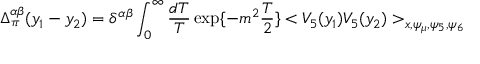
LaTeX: \Delta _ { \pi } ^ { \alpha \beta } ( y _ { 1 } - y _ { 2 } ) = \delta ^ { \alpha \beta } \int _ { 0 } ^ { \infty } \frac { d T } { T } \exp \{ - m ^ { 2 } \frac { T } { 2 } \} < V _ { 5 } ( y _ { 1 } ) V _ { 5 } ( y _ { 2 } ) > _ { x , \psi _ { \mu } , \psi _ { 5 } , \psi _ { 6 } }